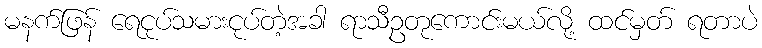
မနက်ဖြန် ရေငုပ်သမားငုပ်တဲ့အခါ ရာသီဥတုကောင်းမယ်လို့ ထင်မှတ် ရတာပဲ